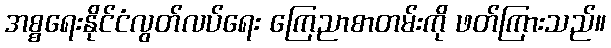
အစ္စရေးနိုင်ငံလွတ်လပ်ရေး ကြေညာစာတမ်းကို ဖတ်ကြားသည်။